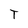
Character: T